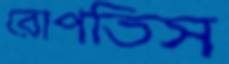
রোপতিস